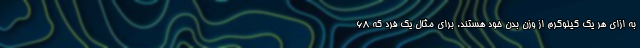
به ازای هر یک کیلوگرم از وزن بدن خود هستند. برای مثال یک فرد که ۶۸